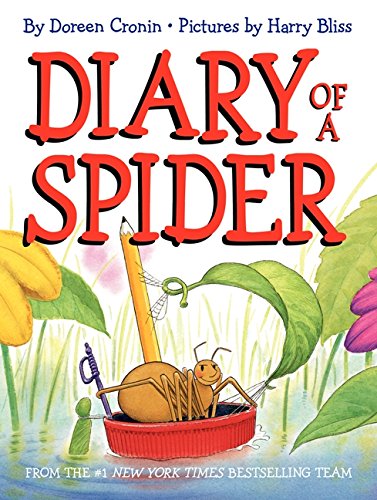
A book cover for Diary of a Spider; Doreen Cronin; Children's Books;